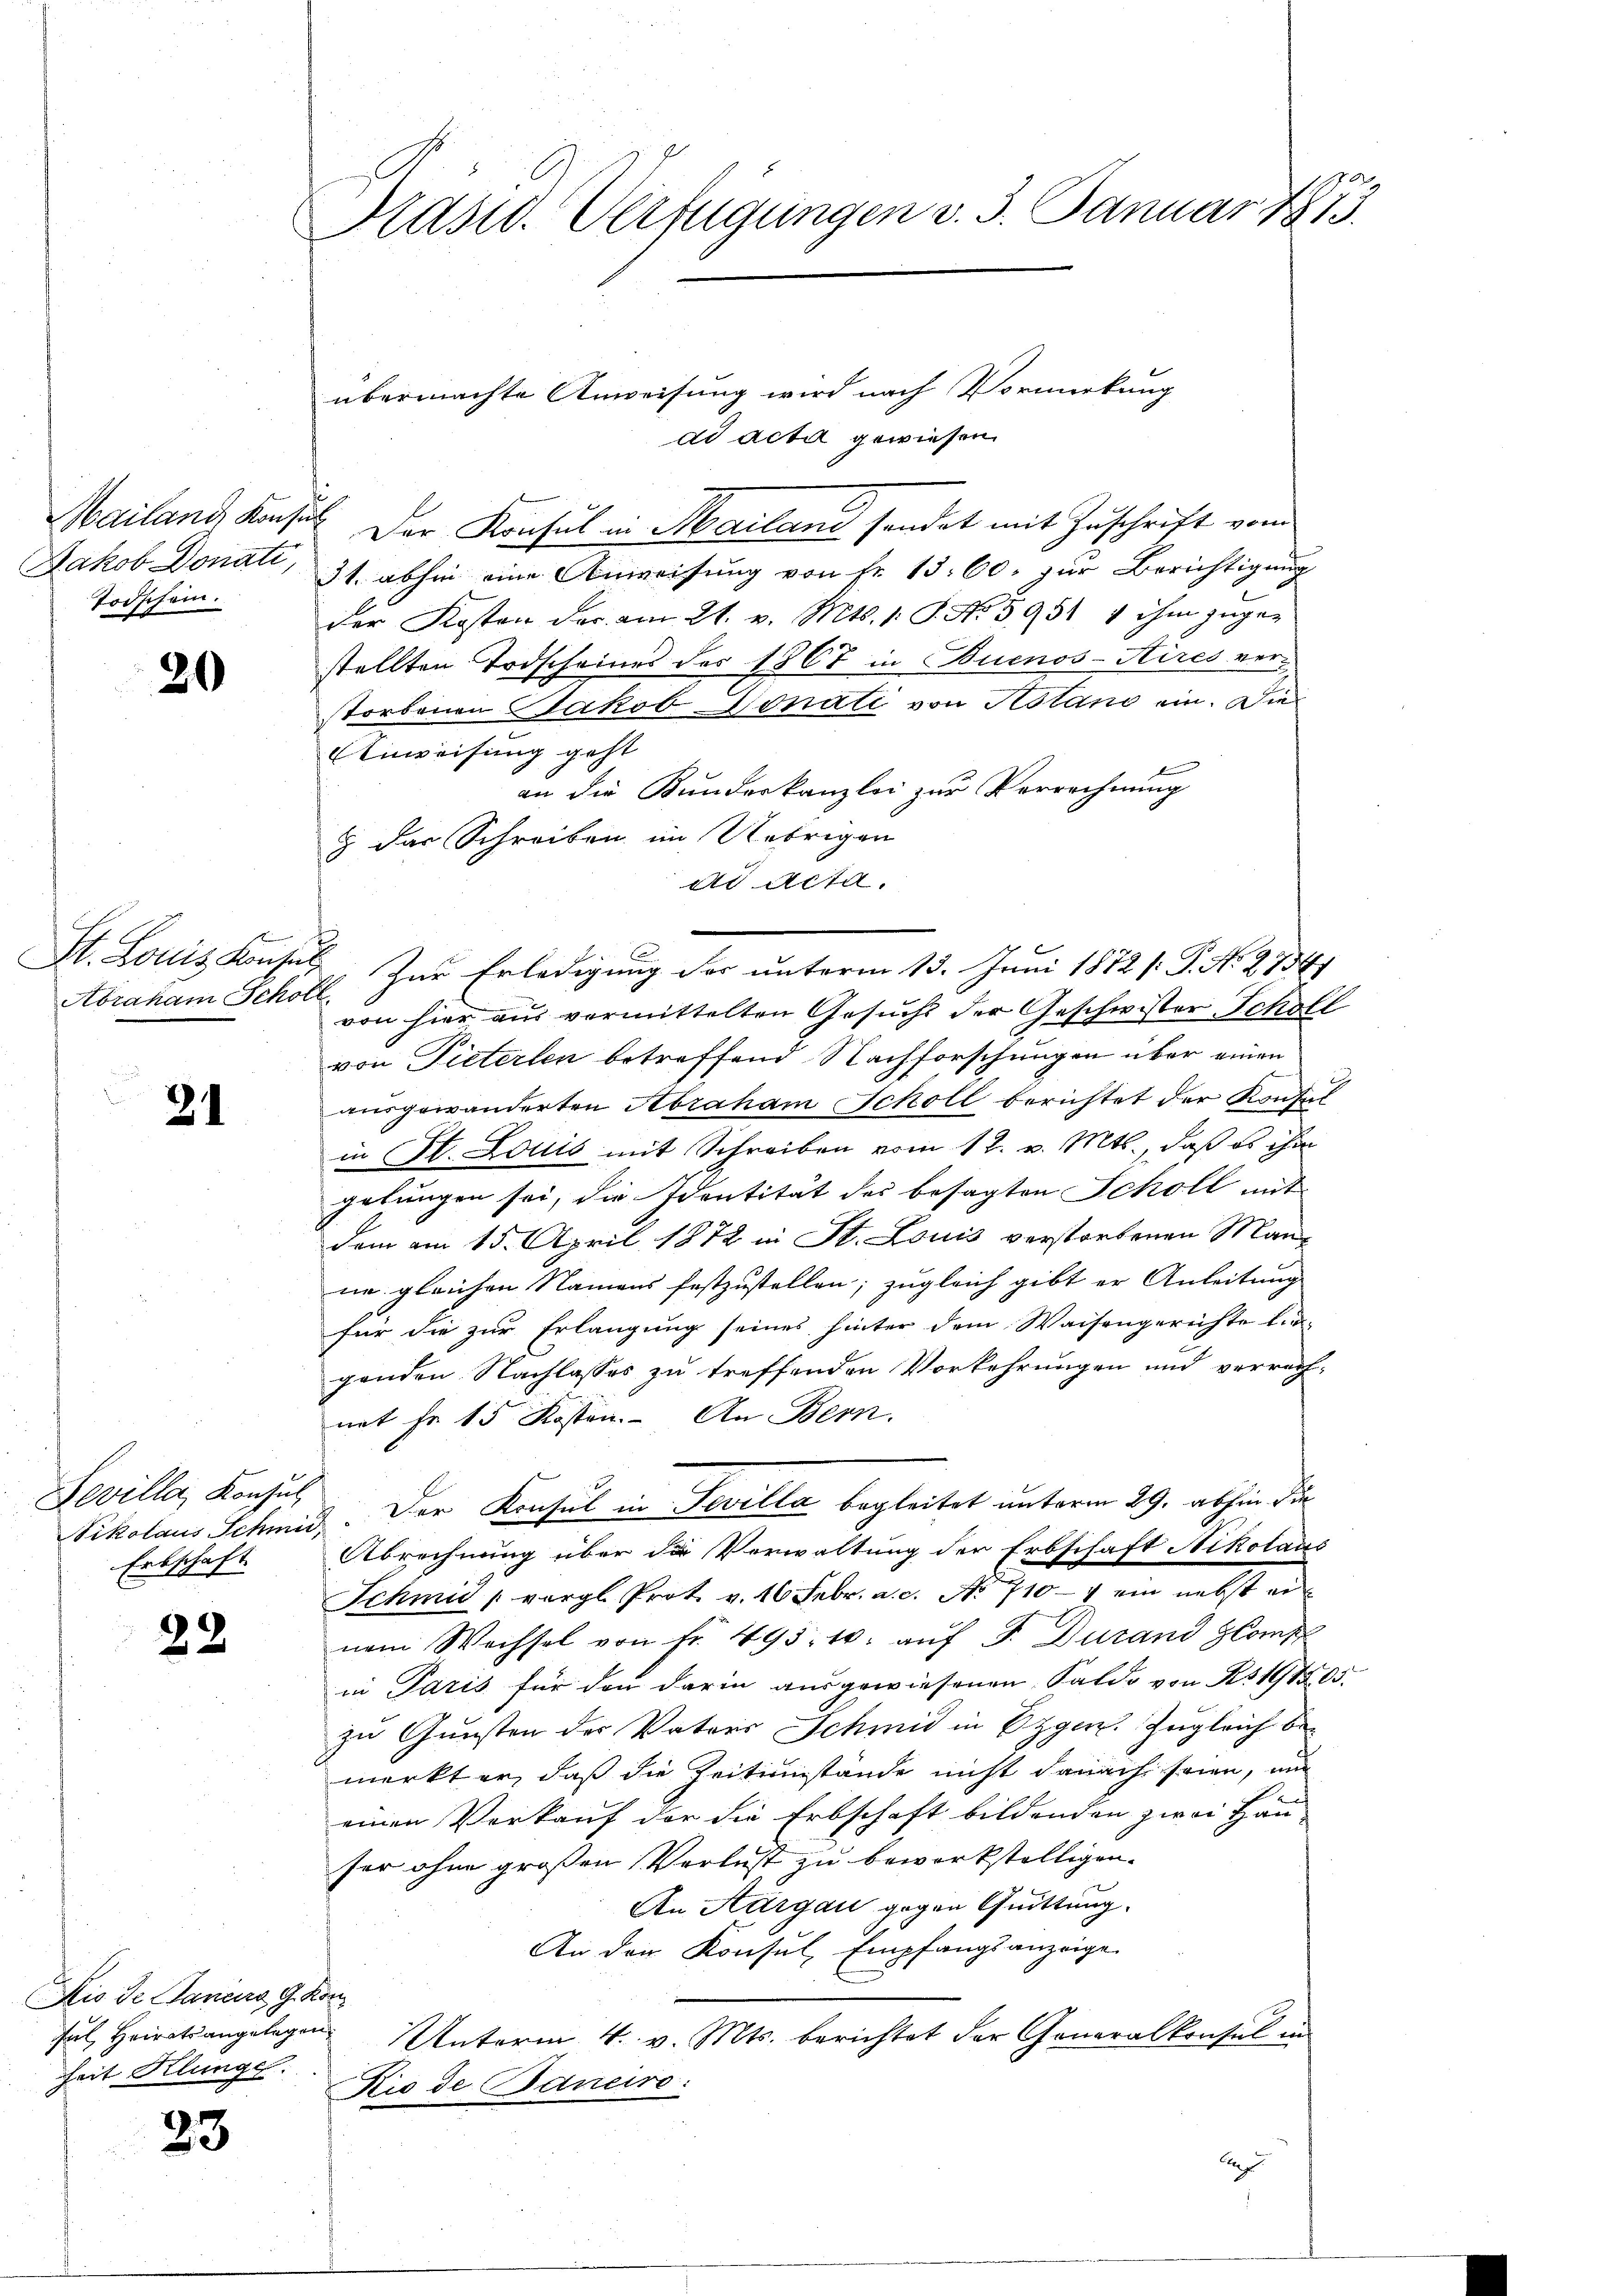
Mailand Kons.
Jakob Donati,
Todschein.

20

Abraham Schor

21

Sevilla, Konsul
Erbschaft

22

Rio de Janeiro 9. Kon
Ful, Heiratsangelegen.
Zeit Klunge

23

Präsid. Verfügungen v. 3. Januar 1873.

übermachte Anweisung wird nach Vormerkung
dd acta gewiesen.
i
Der Konsul in Mailand sendet mit Zuschrift vom
31. abhin eine Anweisung von Fr. 13. 60. zur Berichtigung
der Kosten der am 21. v. Mts. 1. P. No. 5951 1 ihm zugen
stellten Todscheines der 1867 in Buenos-Kires verstorbenen Jakob Honati von Astano ein. Die
Anweisung geht
an die Kundeskanzlei zur Verrechnung
 das Schreiben im Uebrigen
dd Acta.
von hier aus vermittelten Gesuchs der Geschwister Scholl
von Pieterten betreffend Nachforschungen über einen
ausgewanderten Abraham Scholl berichtet der Konsul
in St. Louis mit Schreiben vom 12. v. Mts., daß es ihm
gebungen sei, die Identität des besagten Scholl mit
dem am 15. April 1872 in St. Louis verstorbenen Manne gleichen Namens festzustellen; zugleich gibt er Anleitung
für die zur Erlangung seines hinter dem Waisengerechte begenden Nachlasses zu treffenden Vorkehrungen und verrech-
net fr. 15 Kosten. An Bern.
Pikolaus Schmid. Der Konsul in Fevilla begleitet unterm 29. abhin die
Abrechnung über die Verwaltung der Erbschaft Nikolaus
Schmid vergl. Prot. v. 16 Febr. a. c. No 710 ein nebst einem Wechsel von fr. 493. 10. auf S. Durand Comp
in Paris für den darin ausgewiesenen Saldo von No 11505.
zu Gunsten der Vaters Schmid in Eigen. Zugleich bemerkt er, daß die Zeitumstände nicht danach seien, und
einen Verkauf der die Erbschaft bildenden zwei Hau-
ser ohne großen Verlust zu bewerkstelligen.
An Aargau gegen Quittung.
An der Konsul, Empfangsanzeige
Unterm 4. v. Mts. berichtet der Generalkonsul in
Rio de Bancire:
Auf

2
St. Louis Konsul zur Erledigung der unterm 13. Juni 1872 /: P. No. 27341